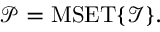
{ \mathcal { P } } = \operatorname { M S E T } \{ { \mathcal { I } } \} .